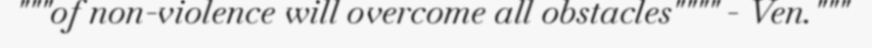
"""of non-violence will overcome all obstacles"""" - Ven."""